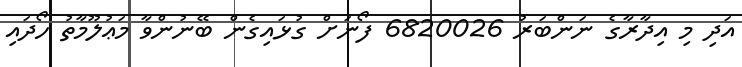
އަދި މި އިދާރާގެ ނަންބަރު 6820026 ފޯނަށް ގުޅައިގެން ބޭނުންވާ މަޢުލޫމާތު ހޯދައި